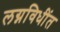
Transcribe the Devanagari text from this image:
लग्नविधींत